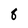
Character: 8